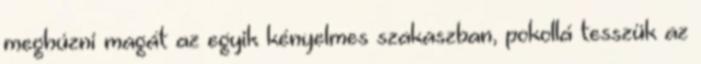
meghúzni magát az egyik kényelmes szakaszban, pokollá tesszük az